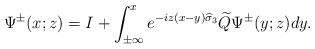
\begin{align*}\Psi^{\pm}(x;z)=I+\int_{\pm \infty}^xe^{-iz(x-y)\widehat{\sigma}_3}\widetilde{Q}\Psi^{\pm}(y;z)dy.\end{align*}